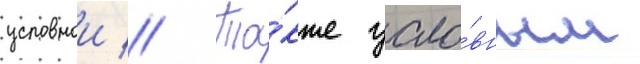
условнои // Та́кже усло́вным